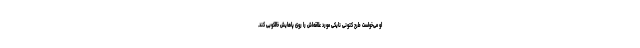
او می‌خواست طرح کتونی نایکی مورد علاقه‌اش را روی پاهایش خالکوبی کند.